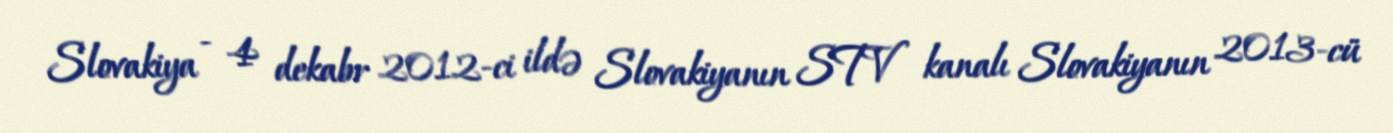
Slovakiya - 4 dekabr 2012-ci ildə Slovakiyanın STV kanalı Slovakiyanın 2013-cü